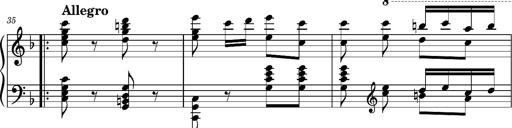
Title: Ungarischer Romanzero
Composer: Franz Liszt